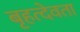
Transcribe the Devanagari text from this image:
बृहत्देवता